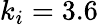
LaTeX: k_{i}=3.6